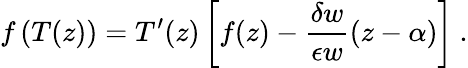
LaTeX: f\left(T(z)\right)=T^{\prime}(z)\left[f(z)-\frac{\delta w}{\epsilon w}(z-\alpha)\right]\ .